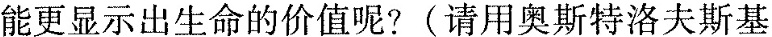
能更显示出生命的价值呢?〔请用奥斯特洛夫斯基